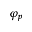
\varphi _ { p }